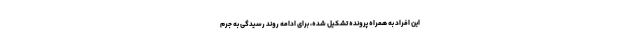
این افراد به همراه پرونده تشکیل شده، برای ادامه روند رسیدگی به جرم